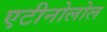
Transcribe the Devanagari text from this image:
एटीनोलोल